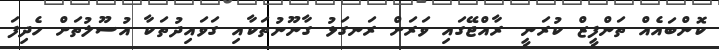
ކޮންބައެއް ތަންފީޒް ކުރަނީ. ރާއްޖޭގައި ވަރަށް ރަނގަޅު ގާނޫނުތަކާއި ގަވައިދުތަކާ އުސޫލުތަށް ހެދިފަ